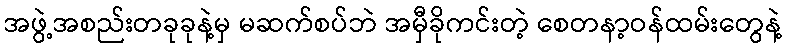
အဖွဲ့အစည်းတခုခုနဲ့မှ မဆက်စပ်ဘဲ အမှီခိုကင်းတဲ့ စေတနာ့ဝန်ထမ်းတွေနဲ့